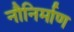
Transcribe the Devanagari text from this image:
नौनिर्माण